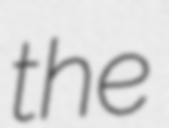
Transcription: the